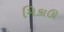
મિકાઊ